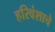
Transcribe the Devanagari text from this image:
हरिवंशाचे